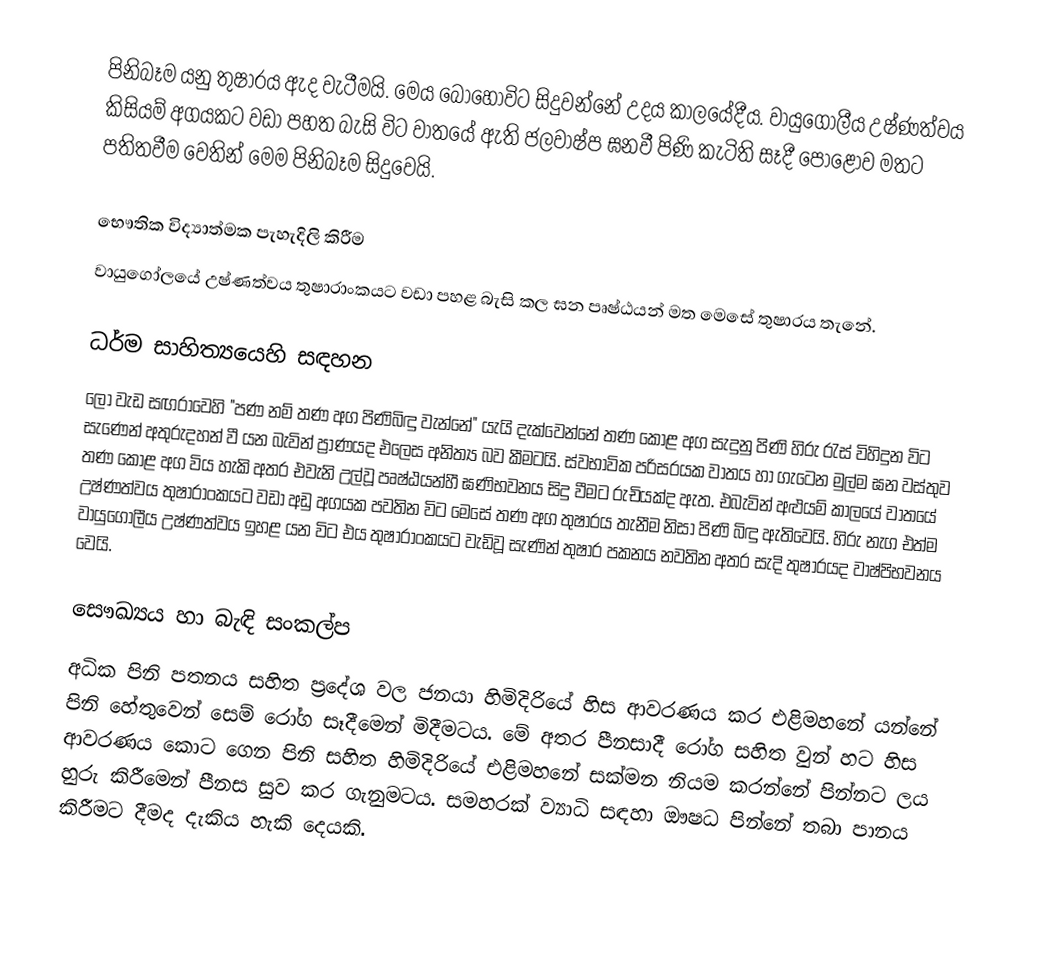
පිනිබෑම  යනු තුෂාරය ඇද වැටීමයි. මෙය බොහෝවිට සිදුවන්නේ උදය කාලයේදීය. වායුගෝලීය උෂ්ණත්වය කිසියම් අගයකට වඩා පහත බැසි විට වාතයේ ඇති ජලවාෂ්ප ඝනවී පිණි කැටිති සෑදී පොළොව මතට පතිතවීම වෙතින් මෙම පිනිබෑම සිදුවෙයි.

භෞතික විද්‍යාත්මක පැහැදිලි කිරීම
වායුගෝලයේ උෂ්ණත්වය තුෂාරාංකයට වඩා පහළ බැසි කල ඝන පෘෂ්ඨයන් මත මෙසේ තුෂාරය තැනේ.

ධර්ම සාහිත්‍යයෙහි සඳහන
ලෝ වැඩ සඟරාවෙහි  "පණ නම් තණ අග පිණිබිඳු වැන්නේ" යැයි දැක්වෙන්නේ තණ කොළ අග සැදුනු පිණි හිරු රැස් විහිදුන විට සැණෙන් අතුරුදහන් වී යන බැවින් ප්‍රාණයද එලෙස අනිත්‍ය බව කීමටයි. ස්වභාවික පරිසරයක වාතය හා ගැටෙන මුල්ම ඝන වස්තුව තණ කොළ අග විය හැකි අතර එවැනි උල්වූ පෘෂ්ඨයන්හී ඝණිභවනය සිදු වීමට රුචියක්ද ඇත. එබැවින් අළුයම් කාලයේ වාතයේ උෂ්ණත්වය තුෂාරාංකයට වඩා අඩු අගයක පවතින විට මෙසේ තණ අග තුෂාරය තැනීම නිසා පිණි බිඳු ඇතිවෙයි. හිරු නැග එත්ම වායුගෝලීය උෂ්ණත්වය ඉහළ යන විට එය තුෂාරාංකයට වැඩිවූ සැණින් තුෂාර පකනය නවතින අතර සැදි තුෂාරයද වාෂ්පිභවනය වෙයි.

සෞඛ්‍යය හා බැඳි සංකල්ප
අධික පිනි පතනය සහිත ප්‍රදේශ වල ජනයා හිමිදිරියේ හිස ආවරණය කර එළිමහනේ යන්නේ පිනි හේතුවෙන් සෙම් රෝග සෑදීමෙන් මිදීමටය. මේ අතර පීනසාදී රෝග සහිත වුන් හට හිස ආවරණය කොට ගෙන පිනි සහිත හිමිදිරියේ එළිමහනේ සක්මන නියම කරන්නේ පින්නට ලය හුරු කිරීමෙන් පීනස සුව කර ගැනුමටය. සමහරක් ව්‍යාධි සඳහා ඖෂධ පින්නේ තබා පානය කිරීමට දීමද දැකිය හැකි දෙයකි.